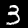
Digit: 3